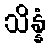
သိန္နံ